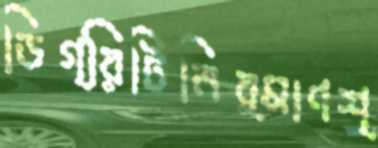
ডিগ্রিটিনির্মাণশ্